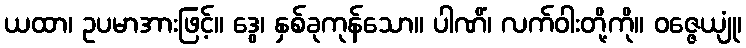
ယထာ၊ ဥပမာအားဖြင့်။ ဒွေ၊ နှစ်ခုကုန်သော။ ပါဏိံ၊ လက်ဝါးတို့ကို။ ဝဇ္ဇေယျုံ၊